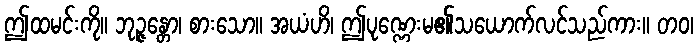
ဤထမင်းကို။ ဘုဉ္ဇန္တော၊ စားသော။ အယံဟိ၊ ဤပုဏ္ဏေးမ၏သယောက်လင်သည်ကား။ တဝ၊